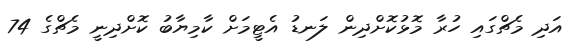
އަދި މެޗްގައި ހުރާ މޮޅުކޮށްދިން ލަނޑު އެޓީމަށް ކާމިޔާބު ކޮށްދިނީ މެޗްގެ 74